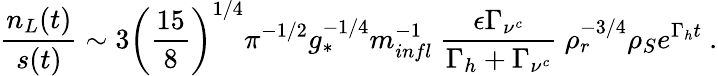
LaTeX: \frac{n_{L}(t)}{s(t)}\sim 3\left(\frac{15}{8}\right)^{1/4}\pi^{-1/2}g_{*}^{-1/4}m_{infl}^{-1}~\frac{\epsilon\Gamma_{\nu^{c}}}{\Gamma_{h}+\Gamma_{\nu^{c}}}~\rho_{r}^{-3/4}\rho_{S}e^{\Gamma_{h}t}~.